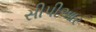
સીપીઆર